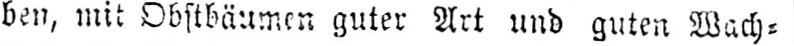
ben, mit Obstbäumen guter Art und guten Wach⸗